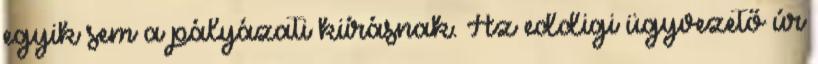
egyik sem a pályázati kiírásnak. Az eddigi ügyvezető úr